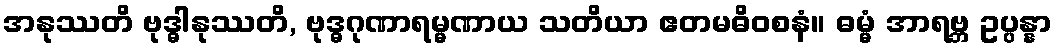
အနုဿတိ ဗုဒ္ဓါနုဿတိ, ဗုဒ္ဓဂုဏာရမ္မဏာယ သတိယာ ဧတမဓိဝစနံ။ ဓမ္မံ အာရဗ္ဘ ဥပ္ပန္နာ